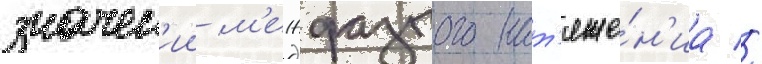
значен'ии м'ежфазного нат'яже́н'иа //